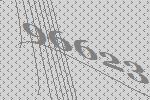
96623